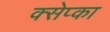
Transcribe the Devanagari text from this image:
क्सेप्का